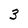
Character: 3